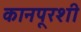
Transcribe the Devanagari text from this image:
कानपूरशी